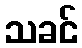
သခင်